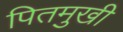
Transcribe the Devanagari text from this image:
पितमुखी